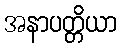
အနာပတ္တိယာ